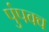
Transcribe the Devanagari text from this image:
पुंपक्व